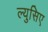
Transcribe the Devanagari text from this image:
ल्युसिए